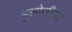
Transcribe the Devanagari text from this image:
भुलोजीला